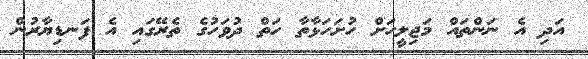
އަދި އެ ނަންތައް މަޖިލީހަށް ހުށަހަޅާތާ ހަތް ދުވަހުގެ ތެރޭގައި އެ ފަނޑިޔާރުން